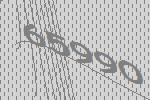
65990